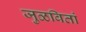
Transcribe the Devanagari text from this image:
जुळवितां